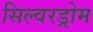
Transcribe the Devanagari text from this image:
सिल्वरड्रोम